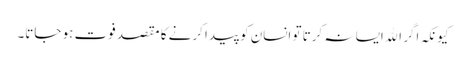
کیونکہ اگر الله ایسا نہ کرتا تو انسان کو پیدا کرنے کا مقصد فوت ہو جاتا۔